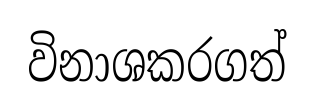
විනාශකරගත්